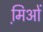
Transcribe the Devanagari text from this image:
मि़ओं